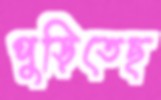
পুড়িতেছ